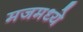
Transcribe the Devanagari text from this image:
मजमध्ये